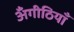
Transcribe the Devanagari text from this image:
अँगीठियाँ